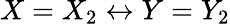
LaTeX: X=X_{2}\leftrightarrow Y=Y_{2}